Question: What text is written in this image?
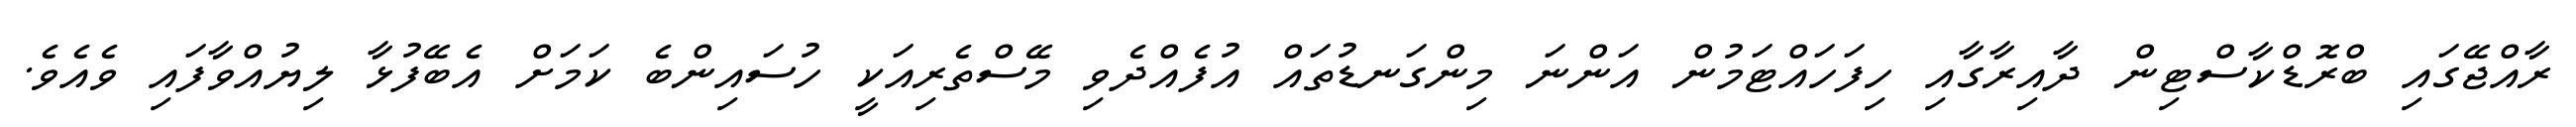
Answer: ރާއްޖޭގައި ބްރޮޑްކާސްޓިން ދާއިރާގާއި ހިފަހައްޓަމުން އަންނަ މިންގަނޑުތައް އުފެއްދެވި މޭސްތެރިއަކީ ހުސައިންބެ ކަމަށް އެބޭފުޅާ ލިޔުއްވާފައި ވެއެވެ.